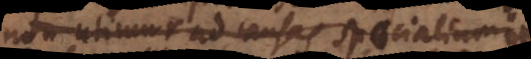
non utimur ad causas specialium